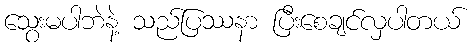
သွေးမပါဘဲနဲ့ သည်ပြဿနာ ပြီးစေချင်လှပါတယ်